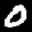
Label: 0